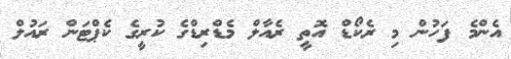
އެންމެ ފަހުން މި ރެކޯޑް އޮތީ ރެއާލް މެޑްރިޑްގެ ކުރީގެ ކެޕްޓަން ރައުލް